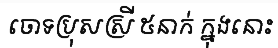
ចោទប្រុសស្រី ៥នាក់ ក្នុងនោះ